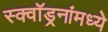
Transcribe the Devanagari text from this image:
स्क्वॉड्रनांमध्ये